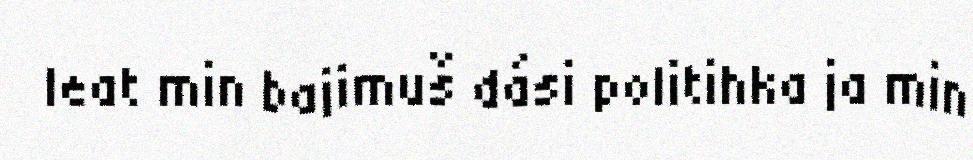
leat min bajimuš dási politihka ja min